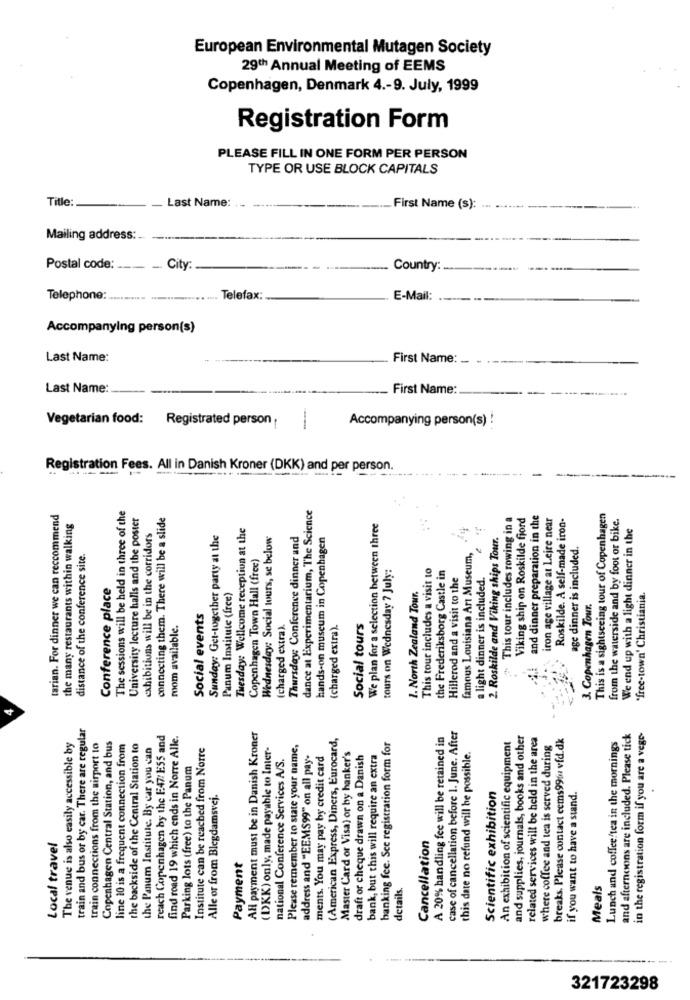
European Environmental Mutagen Society
29th Annual Meeting of EEMS
Copenhagen, Denmark 4 .- 9. July, 1999
Registration Form
PLEASE FILL IN ONE FORM PER PERSON
TYPE OR USE BLOCK CAPITALS
Title:
Last Name:
First Name (s):
Mailing address:
Postal code: ....
.City
Country:
Telephone: ........... ............
Telefax:
E-Mail:
Accompanying person(s)
Last Name:
First Name:
Last Name:
First Name:
Vegetarian food: Registrated person
Accompanying person(s) !
Registration Fees. All in Danish Kroner (DKK) and per person.
dance at Experimentarium, The Science
tarian. For dinner we can reccommend
The sessions will be held in three of the
University lecture halls and the poster
connecting them. There will be a slide
This tour includes rowing in a
Viking ship on Roskilde fjord
and dinner preparation in the
iron age village at Lejre near
Roskilde. A self-made iron-
This is a sightseeing tour of Copenhagen
from the waterside and by foot or bike.
the many restaurants within walking
Tuesday: Wellcome reception at the
We plan for a selection between three
We end up with a light dinner in the
exhibitions will be in the corridors
Sunday: Get-together party at the
Wednesday: Social tours, se below
Thursday; Conference dinner and
hands-on museum in Copenhagen
2. Roskilde and Viking ships Tour.
age dinner is included.
distance of the conference site.
Copenhagen Town Hall (free)
famous Louisiana Art Museum,
tours on Wednesday 7 July:
This tour includes a visit to
the Frederiksborg Castle in
Hillerod and a visit to the
a light dinner is included.
Conference place
Panum Institute (free)
1. North Zealand Tour.
"free-town' Christiania.
3. Copenhagen Tour.
Social events
room available.
(charged extra).
(charged extra).
Social tours
4
train and bus or by car. There are regular
The venue is also easily accessible by
reach Copenhagen by the F47: E55 and
find road 19 which ends in Norre Alle.
All payment must be in Danish Kroner
(American Express, Diners, Eurocard,
A 20% handling fee will be retained in
case of cancellation before 1. June. After
and supplies, journals, books and other
related services will be held in the area
breaks. Please contact cems996 vfd.dk
and afternoons are included. Please tick
in the registration form if you are a vege-
train connections from the airport to
Copenhagen Central Station, and bus
line 10 is a frequent connection from
the backside of the Central Station to
the Panum Institute. By car you can
Institute can be reached from Norre
(DKK) only, made payable to Inter-
Please remember to state your name,
banking fee. Sce registration form for
An exhibition of scientific equipment
where coffee and tea is served during
Lunch and coffee/tea in the mornings
national Conference Services A/S.
address and "EEMS99" on all pay-
ments. You may pay by credit card
Master Card or Visa) or by hanker's
draft or cheque drawn on a Danish
bank, but this will require an extra
this date no refund will be possible.
Parking lots (free) to the Panum
Alle or from Blegdamsvej.
Scientific exhibition
if you want to have a stand.
Cancellation
Local travel
Payment
details,
Meals
321723298